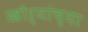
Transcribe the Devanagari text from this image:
खोर्‍यांच्या